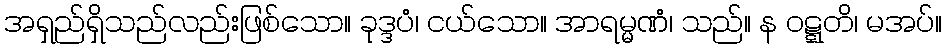
အရှည်ရှိသည်လည်းဖြစ်သော။ ခုဒ္ဒပံ၊ ငယ်သော။ အာရမ္မဏံ၊ သည်။ န ဝဋ္ဋတိ၊ မအပ်။